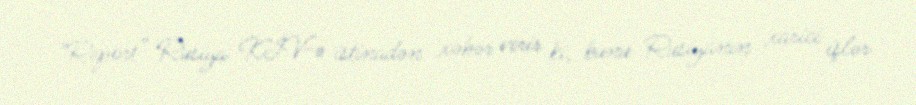
“Report” Rusiya KİV-ə istinadən xəbər verir ki, bunu Rusiyanın xarici işlər